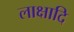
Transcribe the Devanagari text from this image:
लाक्षादि